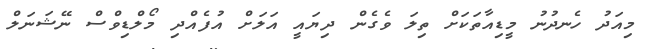
މިއަދު ހެނދުނު މީޑިއާތަކަށް ތިލަ ވެގެން ދިޔައީ އަލަށް އުފެއްދި މޯލްޑިވްސް ނޭޝަނަލް